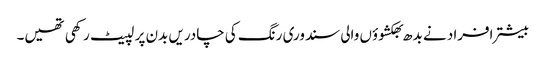
بیشتر افراد نے بدھ بھکشوؤں والی سندوری رنگ کی چادریں بدن پر لپیٹ رکھی تھیں۔